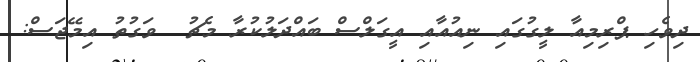
ދިވެހި ޕްރިމިއާ ލީގުގައި ނިއުއާއި އީގަލްސް ބައްދަލުކުރާ މެޗު  ވަގުތު އިމޭޖަސް: